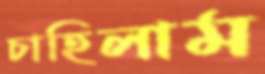
চাহিলাম